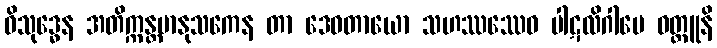
ဝိသုဒ္ဓေန အတိက္ကန္တမာနုသကေန တာ ဒေဝတာယော သဟဿဿေဝ ပါဋလိဂါမေ ဝတ္ထူနိ